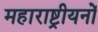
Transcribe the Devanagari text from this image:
महाराष्ट्रीयनों